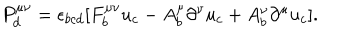
P _ { d } ^ { \mu \nu } = \epsilon _ { b c d } [ F _ { b } ^ { \mu \nu } u _ { c } - A _ { b } ^ { \mu } \partial ^ { \nu } u _ { c } + A _ { b } ^ { \nu } \partial ^ { \mu } u _ { c } ] .